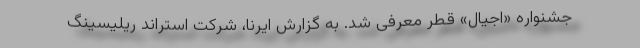
جشنواره «اجیال» قطر معرفی شد. به گزارش ایرنا، شرکت استراند ریلیسینگ